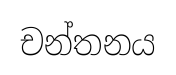
චන්තනය